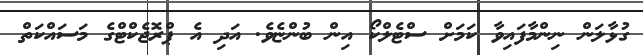
ގުޅާލަން ނިންމާފައިވާ ކަމަށް ސްޓެލްކޯ އިން ބުންޏެވެ. އަދި އެ ޕްރޮޖެކްޓްގެ މަސައްކަތް